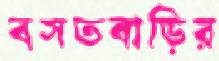
বসতবাড়ির